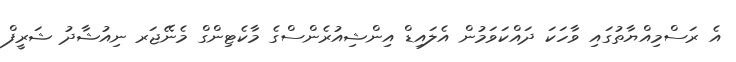
އެ ރަސްމިއްޔާތުގައި ވާހަކަ ދައްކަވަމުން އެލައިޑް އިންޝިއުރެންސްގެ މާކެޓިންގް މެނޭޖަރ ނިއުޝާދު ޝަރީފް